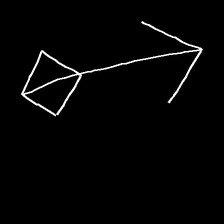
Glyph: focus